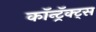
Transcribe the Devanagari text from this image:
कॉन्ट्रॅक्ट्स